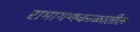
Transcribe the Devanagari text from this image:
रामायणकाळातील